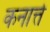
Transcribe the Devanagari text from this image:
कनात्ते